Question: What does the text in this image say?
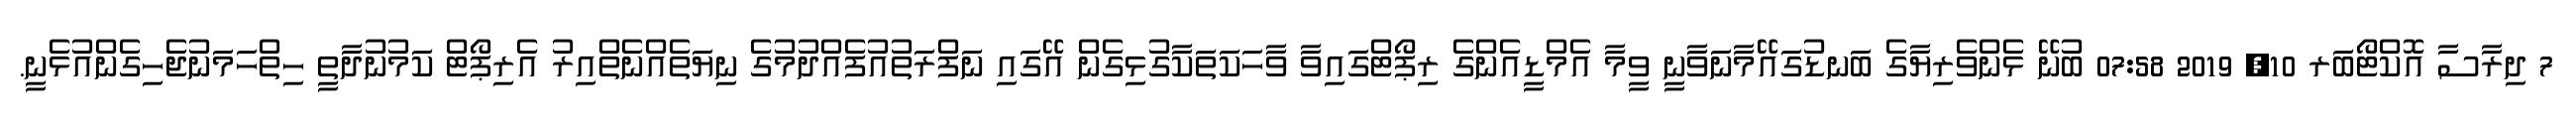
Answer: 7 ދިރާސާ އޮކްޓޯބަރ 10, 2019 07:58 ބުނޭ ޅެންވެރިޔާގެ ބަނޑުގައޭމާނަވާނީ ވީމާ އެމްޑީއެންގެ ރިޕޯޓްގައިވާ ވާހަކަތަކާގުޅިގެން އޭގައި ނަފްރަތުއުފެއްދުމުގެ ނިޔަތެއްނެތްއިރު އެރިޕޯޓް ކަމުނުދާތީ ހިތްހަމަނުޖެހިގެންއުޅެނީ.